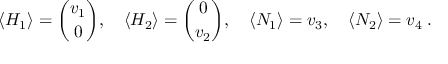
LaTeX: \langle H _ { 1 } \rangle = { \binom { v _ { 1 } } { 0 } } , \quad \langle H _ { 2 } \rangle = { \binom { 0 } { v _ { 2 } } } , \quad \langle N _ { 1 } \rangle = v _ { 3 } , \quad \langle N _ { 2 } \rangle = v _ { 4 } \; .